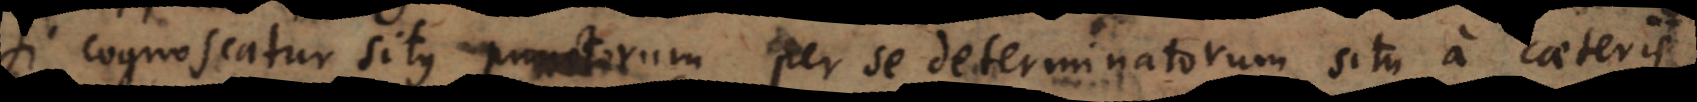
Si cognoscatur situs punctorum per se determinatorum situ a caeteris